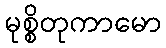
မုစ္စိတုကာမော